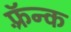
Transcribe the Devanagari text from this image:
फ़्रॅन्क